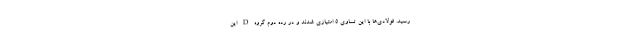
رسید. فولادی‌ها با این تساوی ۵ امتیازی شدند و در رده دوم گروه D این